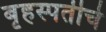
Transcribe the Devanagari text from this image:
बृहस्पतीचे